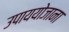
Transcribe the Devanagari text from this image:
उपाययोजाना